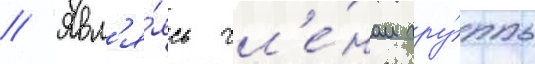
// Явл'я́ясь чл'е́ном гру́ппы